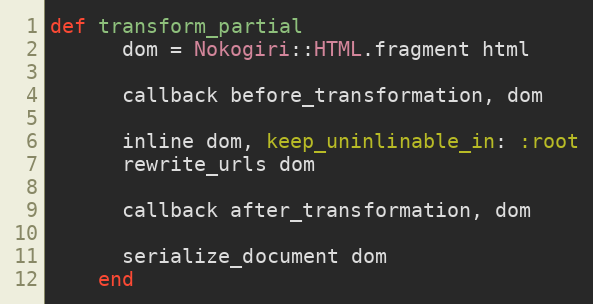
Language: Ruby
def transform_partial
      dom = Nokogiri::HTML.fragment html

      callback before_transformation, dom

      inline dom, keep_uninlinable_in: :root
      rewrite_urls dom

      callback after_transformation, dom

      serialize_document dom
    end